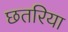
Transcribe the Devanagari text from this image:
छतरिया